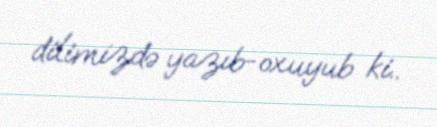
dilimizdə yazıb-oxuyub ki..